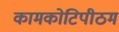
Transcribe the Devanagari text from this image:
कामकोटिपीठम